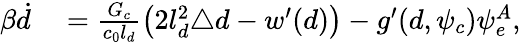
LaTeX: \begin{array}{rl}{\beta\dot{d}}&{{}=\frac{G_{c}}{c_{0}l_{d}}\left(2l_{d}^{2}\triangle{d}-w^{\prime}(d)\right)-g^{\prime}(d,\psi_{c})\psi_{e}^{A},}\end{array}